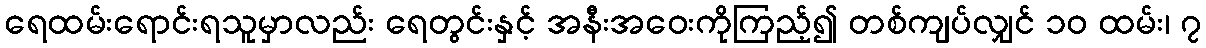
ရေထမ်းရောင်းရသူမှာလည်း ရေတွင်းနှင့် အနီးအဝေးကိုကြည့်၍ တစ်ကျပ်လျှင် ၁၀ ထမ်း၊ ၇